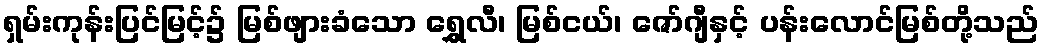
ရှမ်းကုန်းပြင်မြင့်၌ မြစ်ဖျားခံသော ရွှေလီ၊ မြစ်ငယ်၊ ဇော်ဂျီနှင့် ပန်းလောင်မြစ်တို့သည်